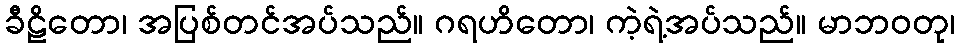
ခီဠိတော၊ အပြစ်တင်အပ်သည်။ ဂရဟိတော၊ ကဲ့ရဲ့အပ်သည်။ မာဘဝတု၊